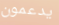
يدعمون